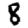
Digit: 8